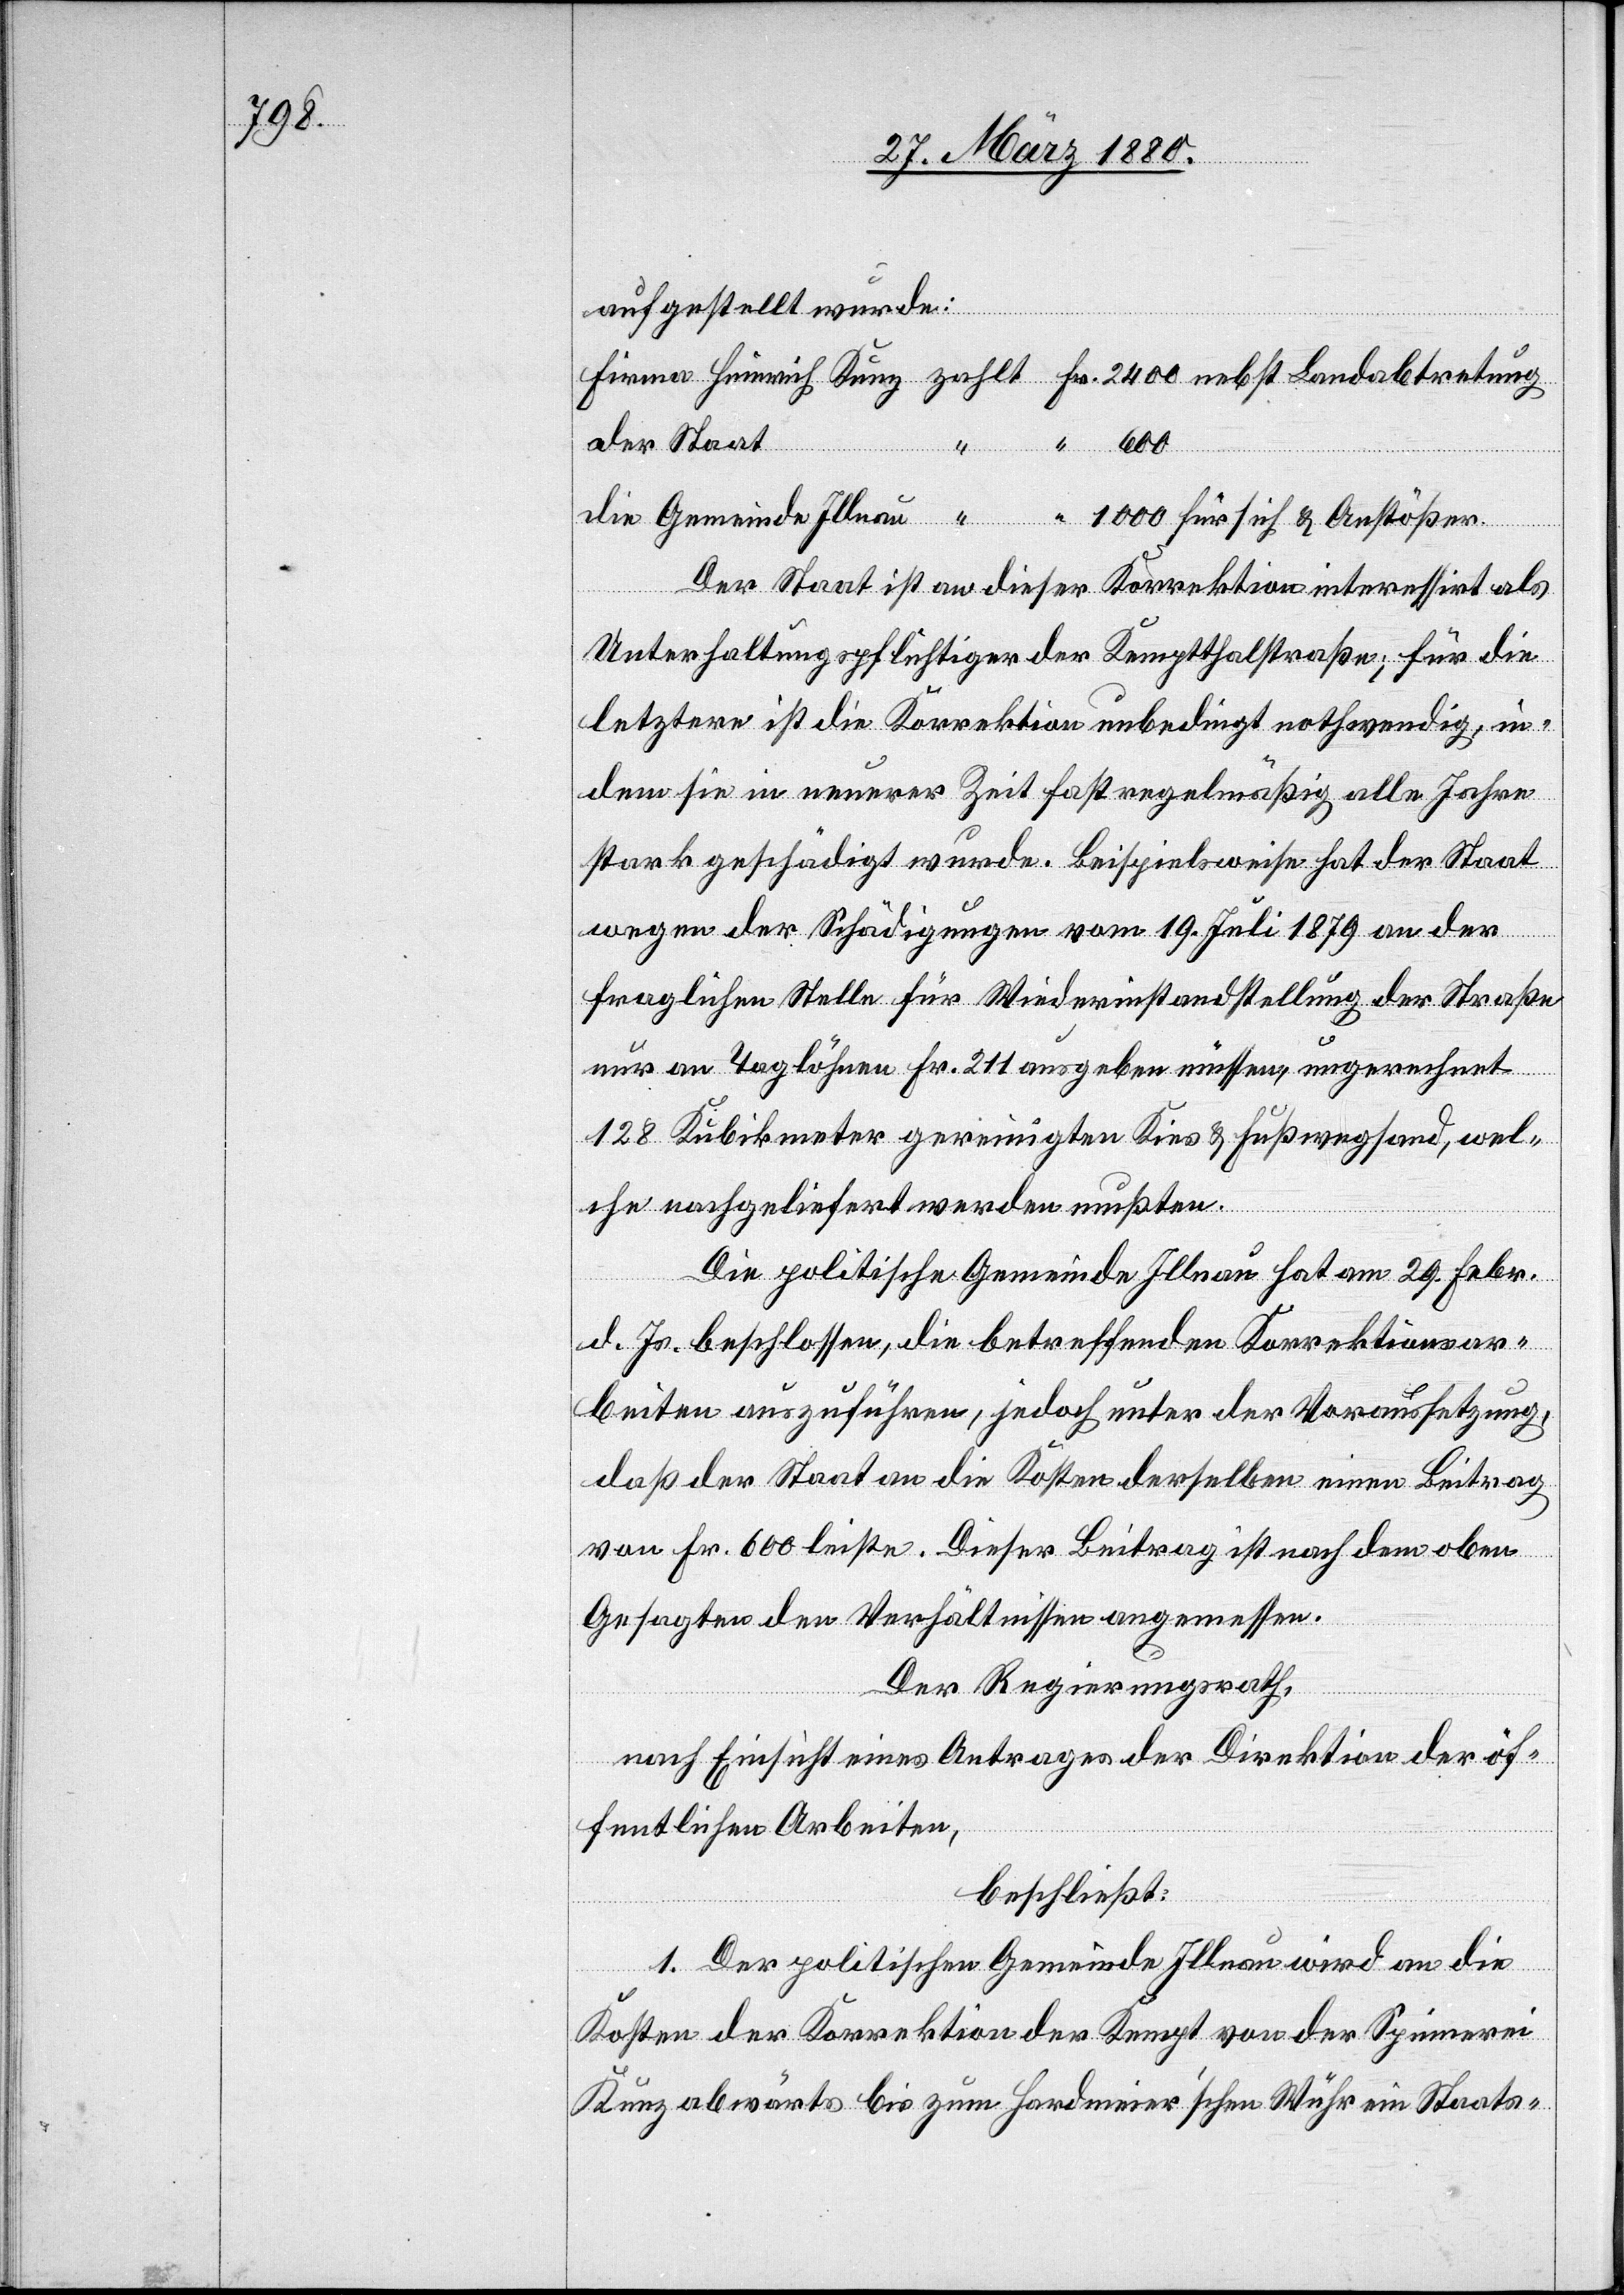
aufgestellt wurde:
der Staat
Der Staat ist an dieser Korrektion interessirt als
ößer.
Unterhaltungspflichtiger der Kemptthalstraße; für die
letztere ist die Korrektion unbedingt nothwendig, in¬
dem sie in neuerer Zeit fast regelmäßig alle Jahre
stark geschädigt wurde. Beispielsweise hat der Staat
wegen der Schädigungen vom 19. Juli 1879 an der
fraglichen Stelle für Wiederinstandstellung der Straße
sich
nur an Taglöhnen Fr. 211 ausgeben müssen, umgerechnet
128 Kubikmeter gereinigten Kies & Fußwegsand, wel¬
che nachgeliefert werden mußten.
Die politische Gemeinde Illnau hat am 29. Febr.
d. Js. beschlossen, die betreffenden Korrektionsar¬
beiten auszuführen, jedoch unter der Voraussetzung,
daß der Staat an die Kosten derselben einen Beitrag
von Fr. 600 leiste. Dieser Beitrag ist nach dem oben
Gesagten den Verhältnissen angemessen.
Der Regierungsrath,
nach Einsicht eines Antrages der Direktion der öf¬
fentlichen Arbeiten,
beschließt:
1. Der politischen Gemeinde Illnau wird an die
Kosten der Korrektion der Kempt von der Spinnerei
Kunz abwärts bis zum Hardmeier’schen Wühr ein Staats-